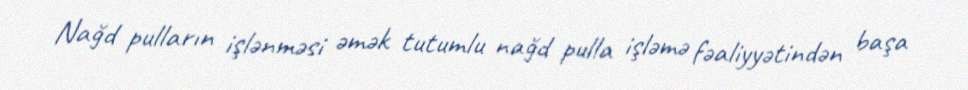
Nağd pulların işlənməsi əmək tutumlu nağd pulla işləmə fəaliyyətindən başa